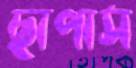
ছাপাস